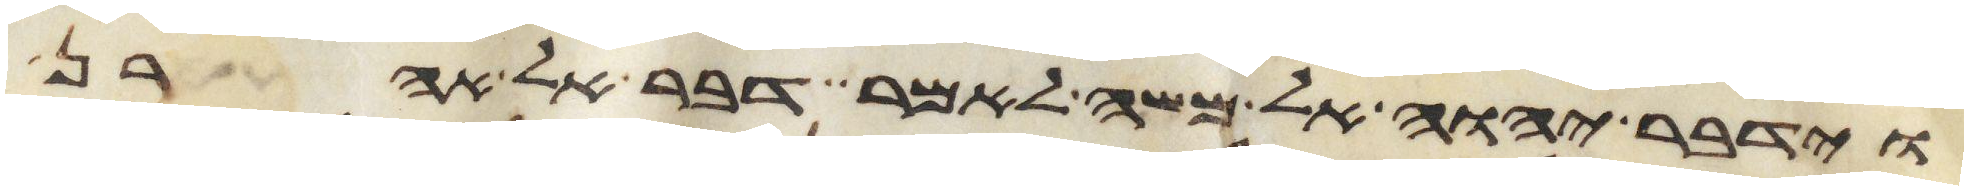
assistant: וידבר יהוה אל משה לאמר דבר אל אהרן